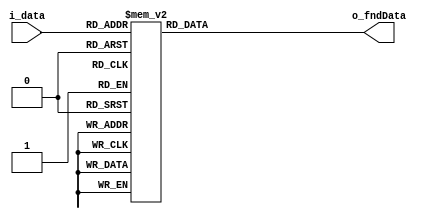
`timescale 1ns / 1ps

module BCDtoFNDdecoder(
    input [3:0] i_data,

    output [7:0] o_fndData
    );

    reg [7:0] r_fndData;
    assign o_fndData = r_fndData;

    always @(*) begin
        case (i_data)
            4'h0 : r_fndData = 8'hc0;
            4'h1 : r_fndData = 8'hf9;
            4'h2 : r_fndData = 8'ha4;
            4'h3 : r_fndData = 8'hb0;
            4'h4 : r_fndData = 8'h99;
            4'h5 : r_fndData = 8'h92;
            4'h6 : r_fndData = 8'h82;
            4'h7 : r_fndData = 8'hf8;
            4'h8 : r_fndData = 8'h80;
            4'h9 : r_fndData = 8'h90;
            4'ha : r_fndData = 8'h7f; 
            default: r_fndData = 8'hff;  
        endcase
        
    end

endmodule